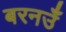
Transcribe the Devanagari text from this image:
बरनउँ